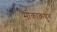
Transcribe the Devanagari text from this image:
मोकाकचुंग